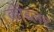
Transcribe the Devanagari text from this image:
कॉब्लर